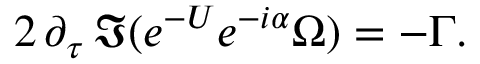
2 \, \partial _ { \tau } \, \Im ( e ^ { - U } e ^ { - i \alpha } \Omega ) = - \Gamma .